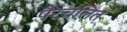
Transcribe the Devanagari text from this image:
पैरचलित